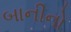
બાનીનો